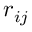
r _ { i j }